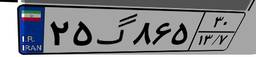
۲۵گ۸۶۵۳۰